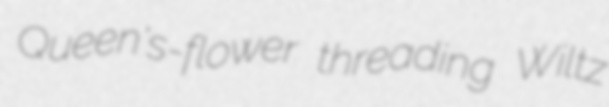
Queen's-flower threading Wiltz